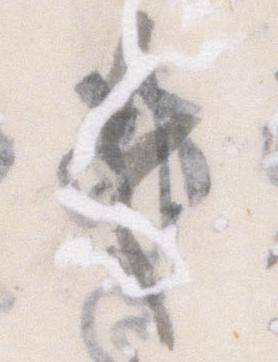
令